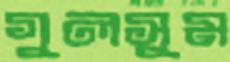
গুলসুম